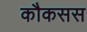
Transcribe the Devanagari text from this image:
कौकसस